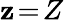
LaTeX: \mathbf{z}\! =\! Z